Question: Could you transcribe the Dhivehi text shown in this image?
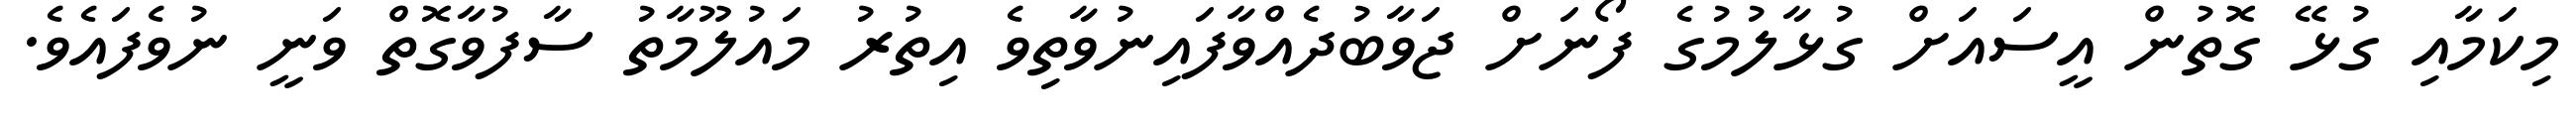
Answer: މިކަމާއި ގުޅޭ ގޮތުން އީސައަށް ގުޅާލުމުގެ ފޯނަށް ޖަވާބުދެއްވާފައިނުވާތިވެ އިތުރު މައުލޫމާތު ސާފުވާގޮތް ވަނީ ނުވެފައެވެ.